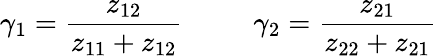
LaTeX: \gamma_{1}=\frac{z_{12}}{z_{11}+z_{12}}\; \; \; \; \; \; \; \; \; \gamma_{2}=\frac{z_{21}}{z_{22}+z_{21}}